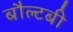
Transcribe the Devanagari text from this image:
बौल्टबी